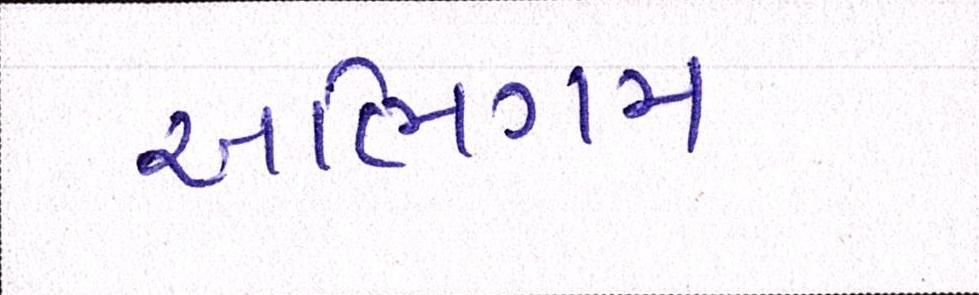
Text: અભિગમ